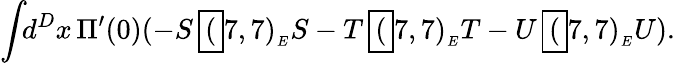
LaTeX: \int\! \! d^{D}x\, \Pi^{\prime}(0)(-S\, \framebox(7,7){}_{_{E}}S-T\, \framebox(7,7){}_{_{E}}T-U\, \framebox(7,7){}_{_{E}}U).